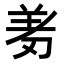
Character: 𭃱